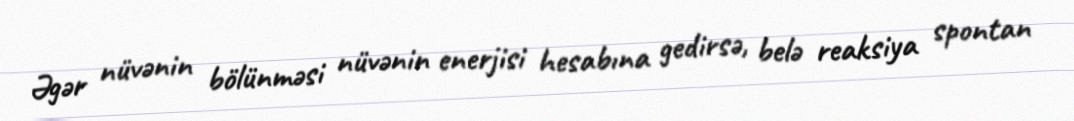
Əgər nüvənin bölünməsi nüvənin enerjisi hesabına gedirsə, belə reaksiya spontan